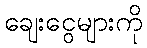
ချေးငွေများကို